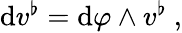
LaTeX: \begin{array}{r}{\mathrm{d}v^{\flat}=\mathrm{d}\varphi\wedge v^{\flat}\ ,}\end{array}